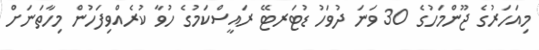
މިއަހަރުގެ ޖޫންމަހުގެ 30 ވަނަ ދުވަހު ޑުޓަރޓޭ ރައީސްކަމުގެ ހުވާ ކުރެއްވިފަހުން މިހާތަނަށް